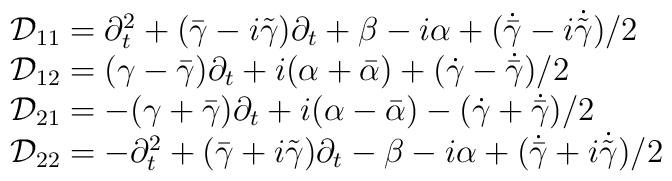
\begin{array}{l}{\cal D}_{11}=\partial_{t}^{2}+(\bar{\gamma}-i\tilde{\gamma})\partial_t+ \beta-i\alpha +(\dot{\bar{\gamma}}-i\dot{\tilde{\gamma}})/2\\{\cal D}_{12}=(\gamma-\bar{\gamma})\partial_t +i(\alpha+\bar{\alpha})+(\dot{\gamma}-\dot{\bar{\gamma}})/2\\{\cal D}_{21}=-(\gamma+\bar{\gamma})\partial_t+i(\alpha-\bar{\alpha}) -(\dot{\gamma}+\dot{\bar{\gamma}})/2\\{\cal D}_{22}=-\partial_t^{2}+(\bar{\gamma}+i\tilde{\gamma})\partial_t - \beta-i\alpha +(\dot{\bar{\gamma}}+i\dot{\tilde{\gamma}})/2\end{array}